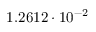
1 . 2 6 1 2 \cdot 1 0 ^ { - 2 }